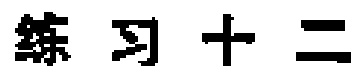
练习十二